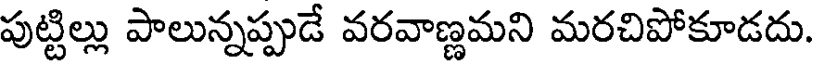
పుట్టిల్లు పాలున్నప్పుడే వరవాణ్ణమని మరచిపోకూడదు.